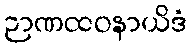
ဉာဏထဝနာယိဒံ